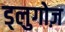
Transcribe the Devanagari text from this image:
ड्लुगोज़